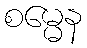
စမ္မေန